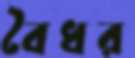
বৈধর